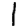
Digit: 1